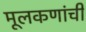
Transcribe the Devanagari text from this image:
मूलकणांची